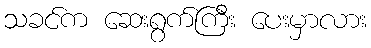
သခင်က ဆေးရွက်ကြီး ပေးမှာလား